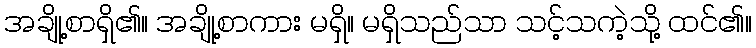
အချို့စာရှိ၏။ အချို့စာကား မရှိ။ မရှိသည်သာ သင့်သကဲ့သို့ ထင်၏။